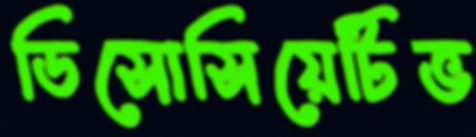
ডিসোসিয়েটিভ